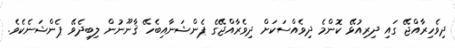
ދިވެހިރާއްޖޭ ގައި ދިރިއުޅޭ ކޮންމެ ދިވެއްސަކަށް ދިވެރާއްޖޭގެ ޕެންޝަނާއިބެހޭ ޤާނޫނުން ލިބިދެވޭ ޕެންޝަނެކެވެ.